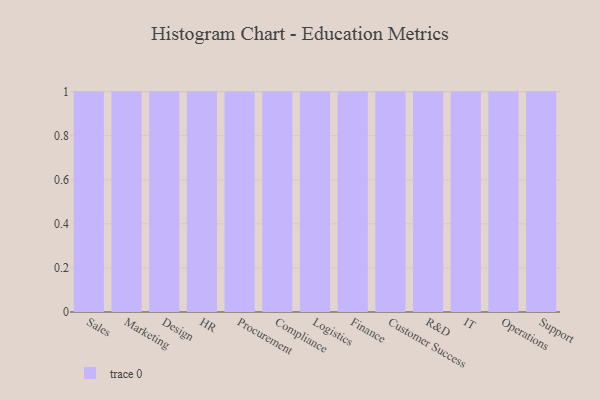
{"axis": {"x": "Department", "y": "Market Share (%)"}, "legend": [""], "data": [{"x": "Sales", "y": 52, "type": ""}, {"x": "Marketing", "y": 99, "type": ""}, {"x": "Design", "y": 52, "type": ""}, {"x": "HR", "y": 85, "type": ""}, {"x": "Procurement", "y": 64, "type": ""}, {"x": "Compliance", "y": 18, "type": ""}, {"x": "Logistics", "y": 56, "type": ""}, {"x": "Finance", "y": 15, "type": ""}, {"x": "Customer Success", "y": 3, "type": ""}, {"x": "R&D", "y": 9, "type": ""}, {"x": "IT", "y": 19, "type": ""}, {"x": "Operations", "y": 46, "type": ""}, {"x": "Support", "y": 79, "type": ""}]}